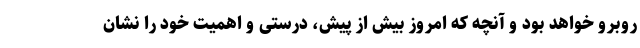
روبرو خواهد بود و آنچه که امروز بیش از پیش، درستی و اهمیت خود را نشان